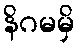
နိဂမမှိ